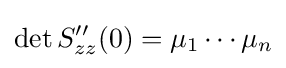
\det S''_{zz}(0)=\mu _{1}\cdots \mu _{n}